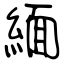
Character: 緬